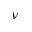
\nu